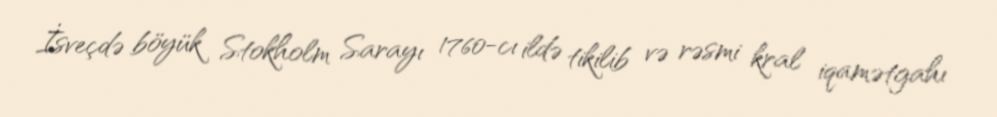
İsveçdə böyük Stokholm Sarayı 1760-cı ildə tikilib və rəsmi kral iqamətgahı